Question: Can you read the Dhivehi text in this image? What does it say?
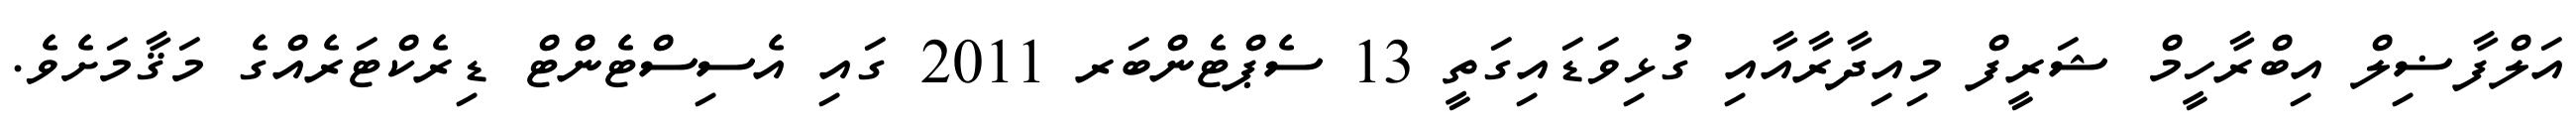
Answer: އަލްފާޟިލް އިބްރާހީމް ޝަރީފް މިއިދާރާއާއި ގުޅިވަޑައިގަތީ 13 ސެޕްޓެންބަރ 2011 ގައި އެސިސްޓެންޓް ޑިރެކްޓަރެއްގެ މަޤާމަށެވެ.